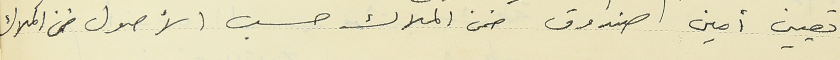
تعيين أمين صندوق ضمن الملاك حسب الأصول ضمن الملاك